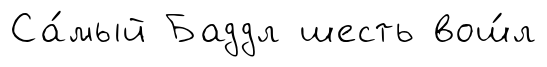
Са́мый Баддл шесть вош́л